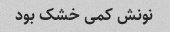
نونش کمی خشک بود